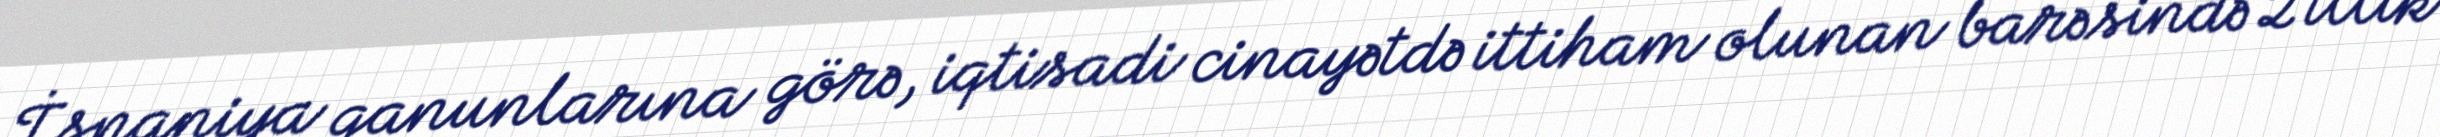
İspaniya qanunlarına görə, iqtisadi cinayətdə ittiham olunan barəsində 2 illik